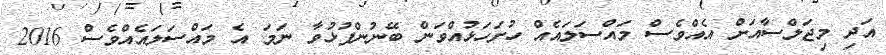
އަދި މިޖަލްސާއަށް އެއްވެސް މައްސަލައެއް ހުށަހަޅުއްވަން ބޭނުންފުޅުވާ ނަމަ އެ މައްސަލައެއްވެސް 2016